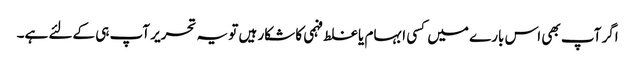
اگر آپ بھی اس بارے میں کسی ابہام یا غلط فہمی کا شکار ہیں تو یہ تحریر آپ ہی کےلئے ہے۔